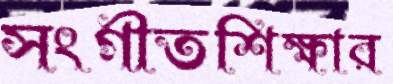
সংগীতশিক্ষার